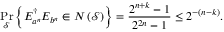
\operatorname* { P r } _ { \mathcal { S } } \left\{ E _ { a ^ { n } } ^ { \dagger } E _ { b ^ { n } } \in N \left( { \mathcal { S } } \right) \right\} = { \frac { 2 ^ { n + k } - 1 } { 2 ^ { 2 n } - 1 } } \leq 2 ^ { - \left( n - k \right) } .